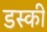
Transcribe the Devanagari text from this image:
डस्की